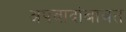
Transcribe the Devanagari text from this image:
अपवादांबाबत